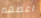
اعطهم